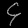
Digit: ၄